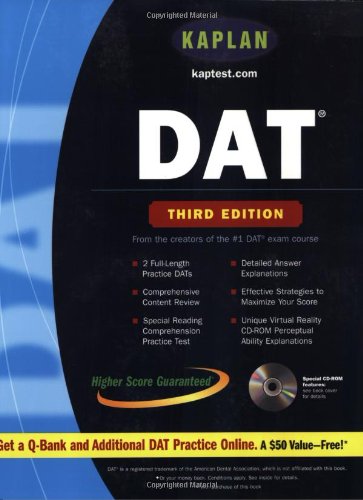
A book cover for Kaplan DAT with CD-ROM: Third Edition; Kaplan; Education & Teaching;